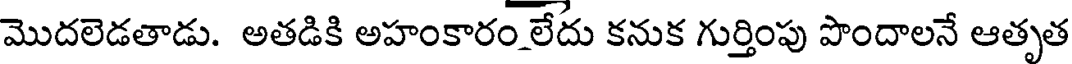
మొదలెడతాడు. అతడికి అహంకారం లేదు కనుక గుర్తింపు పొందాలనే ఆతృత